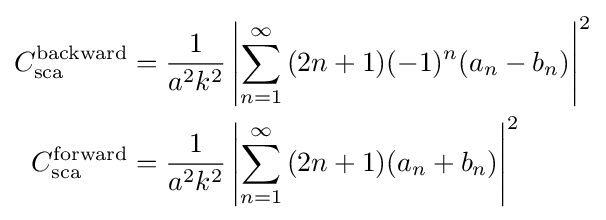
{\begin{aligned}C_{\text{sca}}^{\text{backward}}&={\frac {1}{a^{2}k^{2}}}\left|\sum _{n=1}^{\infty }{(2n+1)}(-1)^{n}(a_{n}-b_{n})\right|^{2}\\C_{\text{sca}}^{\text{forward}}&={\frac {1}{a^{2}k^{2}}}\left|\sum _{n=1}^{\infty }{(2n+1)}(a_{n}+b_{n})\right|^{2}\end{aligned}}